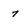
Character: 7